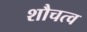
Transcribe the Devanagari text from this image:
शौचत्व